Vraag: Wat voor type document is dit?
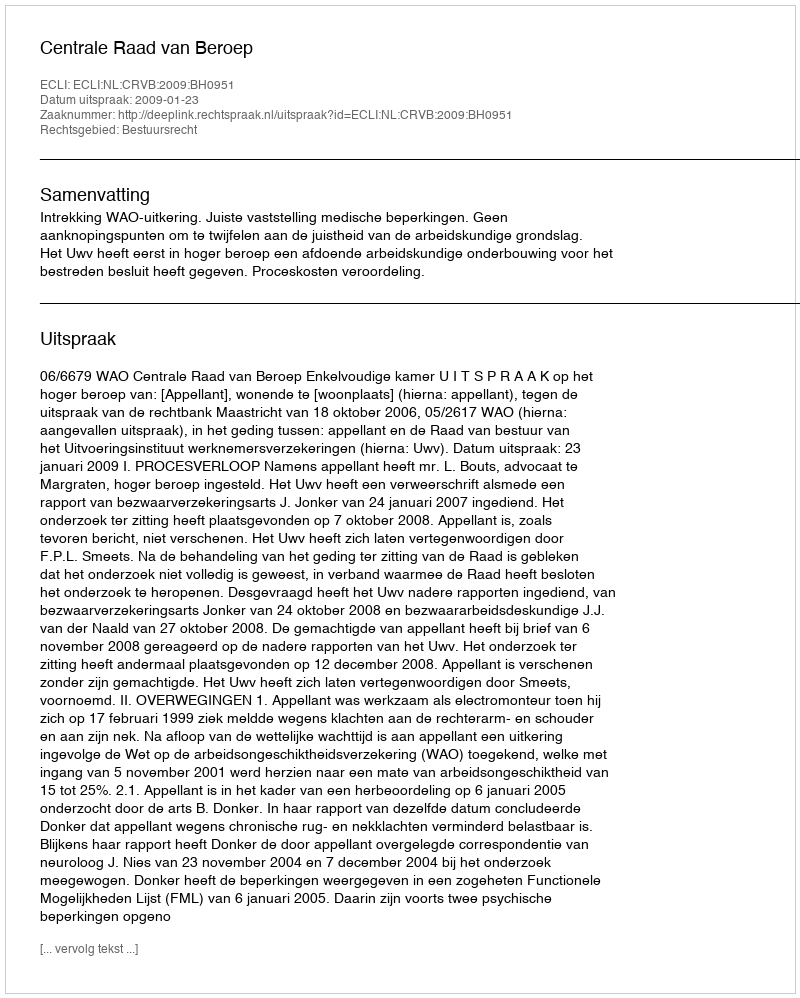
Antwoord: Uitspraak